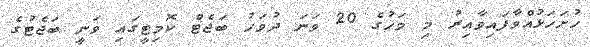
ހުށަހަޅުއްވާފައިވާއިރު މި މަހުގެ 20 ވަނަ ދުވަހު ބަޖެޓް ކޮމިޓީގައި ވަނީ ބަޖެޓުގެ